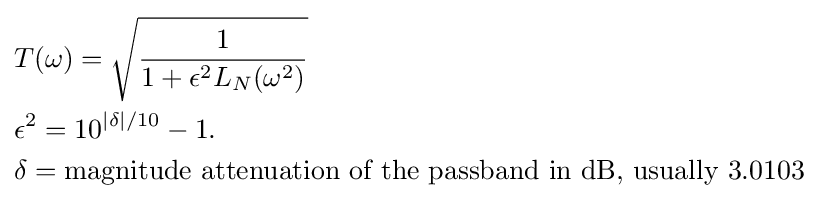
{\begin{aligned}&T(\omega )={\sqrt {\frac {1}{1+\epsilon ^{2}L_{N}(\omega ^{2})}}}\\&\epsilon ^{2}=10^{|\delta |/10}-1.\\&\delta ={\text{magnitude attenuation of the passband in dB, usually 3.0103}}\\\end{aligned}}